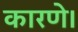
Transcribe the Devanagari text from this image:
कारणे।